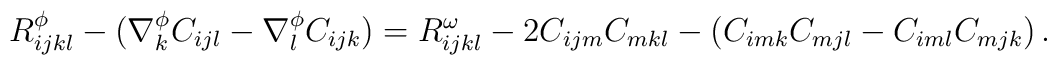
R^{\phi}_{ijkl}     -(\nabla^{\phi}_{k}C_{ijl} - \nabla^{\phi}_{l}C_{ijk})    = R^{\omega}_{ijkl}    - 2 C_{ijm}C_{mkl}    -(C_{imk}C_{mjl} - C_{iml}C_{mjk})\,.